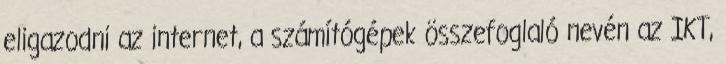
eligazodni az internet, a számítógépek összefoglaló nevén az IKT,